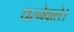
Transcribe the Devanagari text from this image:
धरनेवाले।